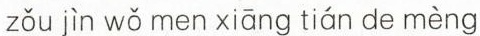
zǒu jìn wǒ men xiāng tián de mèng